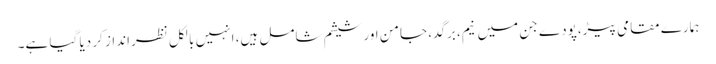
ہمارے مقامی پیڑ،پودے جن میں نیم، برگد، جامن اور شیشم شامل ہیں، انہیں بالکل نظرانداز کر دیا گیا ہے۔